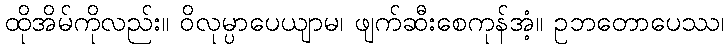
ထိုအိမ်ကိုလည်း။ ဝိလုမ္ပာပေယျာမ၊ ဖျက်ဆီးစေကုန်အံ့။ ဥဘတောပေဿ၊